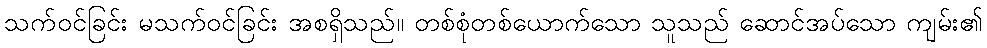
သက်ဝင်ခြင်း မသက်ဝင်ခြင်း အစရှိသည်။ တစ်စုံတစ်ယောက်သော သူသည် ဆောင်အပ်သော ကျမ်း၏